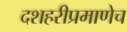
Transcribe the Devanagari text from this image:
दशहरीप्रमाणेच